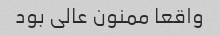
واقعا ممنون عالی بود